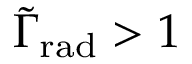
\tilde { \Gamma } _ { \mathrm { r a d } } > 1